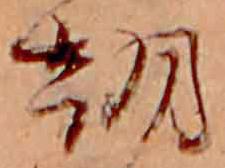
朝